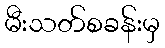
မီးသတ်စခန်းမှ